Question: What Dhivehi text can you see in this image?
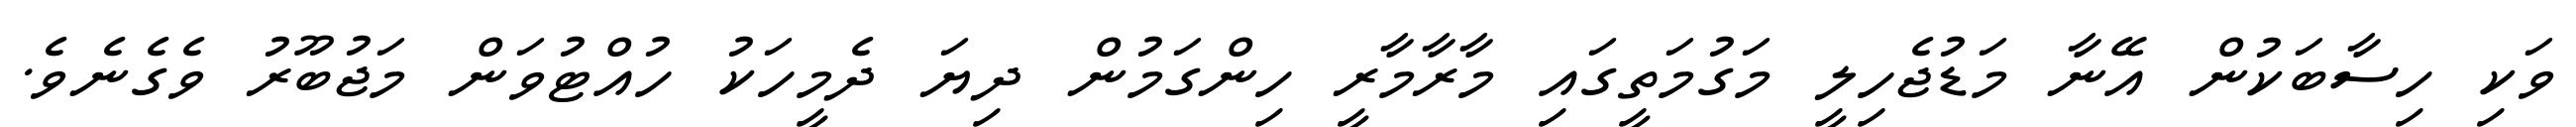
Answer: ވަކި ހިސާބަކުން އޭނާ މަޑުޖެހިލީ މަގުމަތީގައި މާރާމާރީ ހިންގަމުން ދިޔަ ދެމީހަކު ހުއްޓުވަން މަޖުބޫރު ވެގެނެވެ.